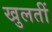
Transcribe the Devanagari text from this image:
खुलतीं